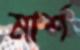
মার্শ